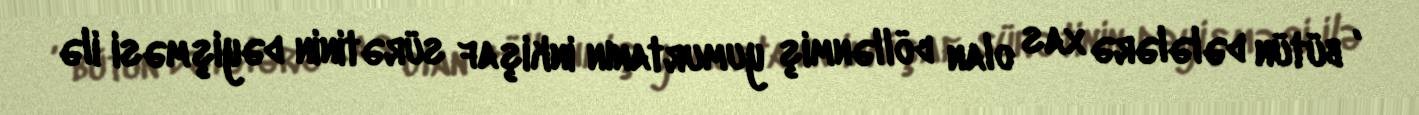
, bütün dələlərə xas olan döllənmiş yumurtanın inkişaf sürətinin dəyişməsi ilə